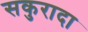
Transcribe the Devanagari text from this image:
सकुरादा